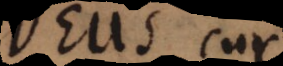
Deus cur